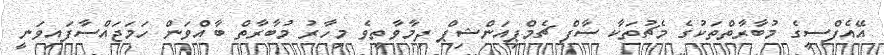
އޭއެފްސީގެ މުބާރާތްތަކުގެ މެޗުތަކާ ސާފް ޗެމްޕިއަންޝިޕް ދިމާވާތީވެ މިހާރު މުބާރާތް ބާއްވަން ހަމަޖައްސާފައިވަނީ